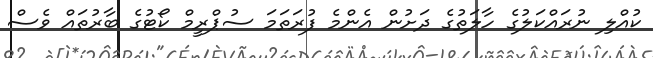
ކުއްލި ނުރައްކަލުގެ ހާލަތުގެ ދަށުން އެންމެ ފުރަތަމަ ސުޕްރީމް ކޯޓުގެ ބާރުތައް ވެސް